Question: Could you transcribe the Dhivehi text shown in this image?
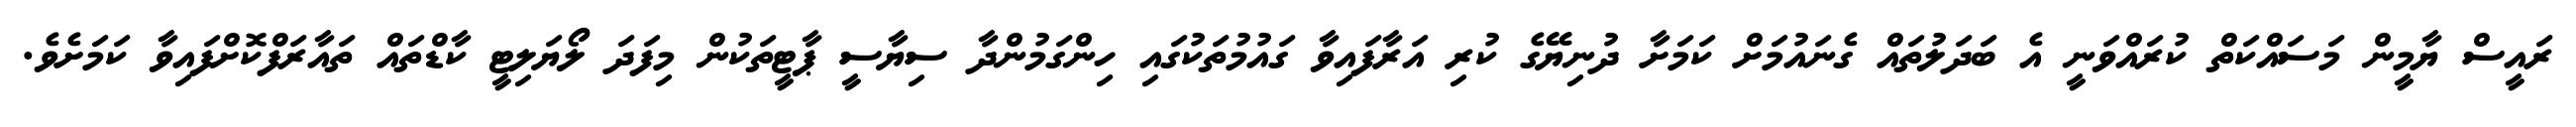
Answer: ރައީސް ޔާމީން މަސައްކަތް ކުރައްވަނީ އެ ބަދަލުތައް ގެނައުމަށް ކަމަށާ ދުނިޔޭގެ ކުރި އަރާފައިވާ ގައުމުތަކުގައި ހިންގަމުންދާ ސިޔާސީ ޕާޓީތަކުން މިފަދަ ލޯޔަލިޓީ ކާޑްތައް ތައާރަފްކޮށްފައިވާ ކަމަށެވެ.